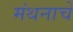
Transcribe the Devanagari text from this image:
मंथनाचे